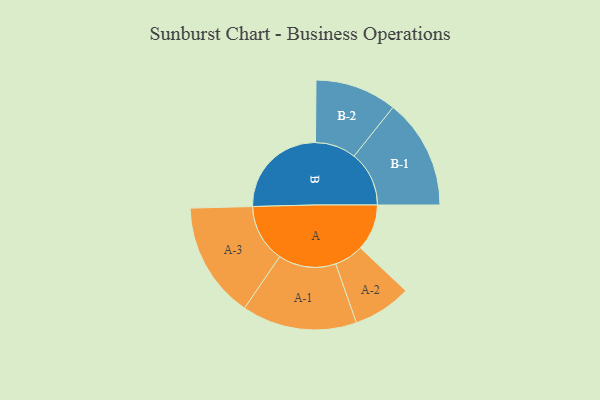
{"axis": {"x": "Segment", "y": "Value"}, "legend": ["", "A", "B"], "data": [{"x": "A", "y": 167, "type": ""}, {"x": "B", "y": 354, "type": ""}, {"x": "A-1", "y": 207, "type": "A"}, {"x": "A-2", "y": 105, "type": "A"}, {"x": "A-3", "y": 209, "type": "A"}, {"x": "B-1", "y": 198, "type": "B"}, {"x": "B-2", "y": 147, "type": "B"}]}